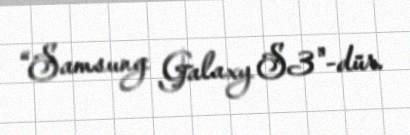
“Samsung Galaxy S3"-dür.